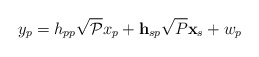
\begin{align*}y_p = h_{pp}\sqrt{\mathcal{P}}x_p + \mathbf{h}_{sp}\sqrt{P} \mathbf{x}_{s} + w_p\end{align*}